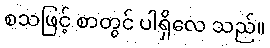
စသဖြင့် စာတွင် ပါရှိလေ သည်။